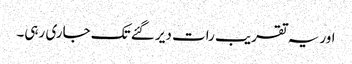
اور یہ تقریب رات دیر گئے تک جاری رہی۔